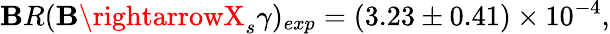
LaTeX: \mathbf{B}R(\mathbf{B}\rightarrowX_{s}\gamma)_{exp}=(3.23\pm0.41)\times10^{-4},